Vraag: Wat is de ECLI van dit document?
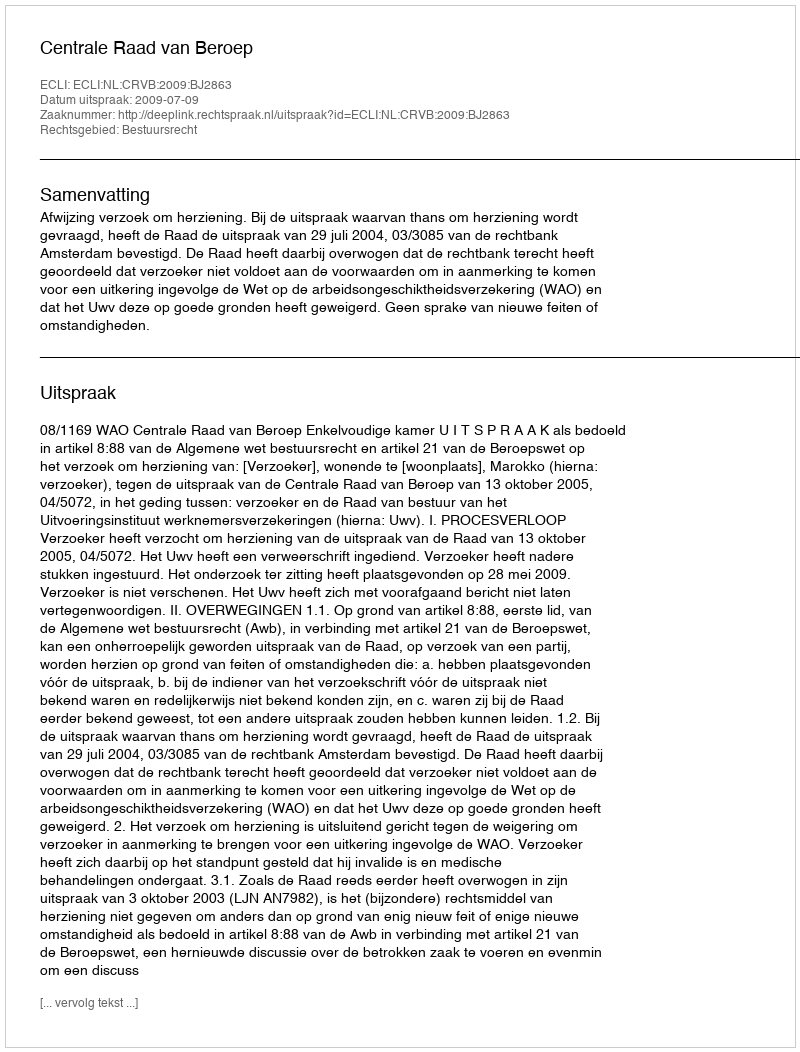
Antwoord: ECLI:NL:CRVB:2009:BJ2863